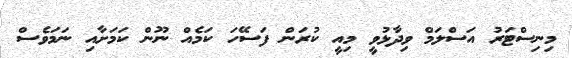
މިނިސްޓަރު އަސްލަމް ވިދާޅުވީ މިއީ ކުރަން ފަސޭހަ ކަމެއް ނޫން ކަމަށާއި ނަމަވެސް